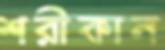
শরীকান